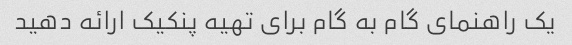
یک راهنمای گام به گام برای تهیه پنکیک ارائه دهید